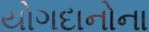
યોગદાનોના